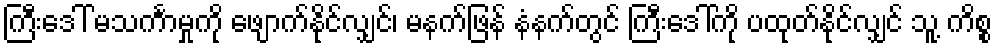
ကြီးဒေါ် မသင်္ကာမှုကို ဖျောက်နိုင်လျှင်၊ မနက်ဖြန် နံနက်တွင် ကြီးဒေါ်ကို ပထုတ်နိုင်လျှင် သူ့ ကိစ္စ